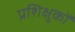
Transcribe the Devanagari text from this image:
प्रशिक्षुकों